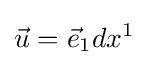
{\vec {u}}={\vec {e}}_{1}dx^{1}